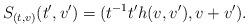
LaTeX: \begin{align*}S_{(t,v)}(t', v')=(t^{-1}t' h(v,v'),v+v').\end{align*}